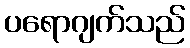
ပရောဂျက်သည်